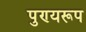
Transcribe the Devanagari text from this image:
पुण्यरूप